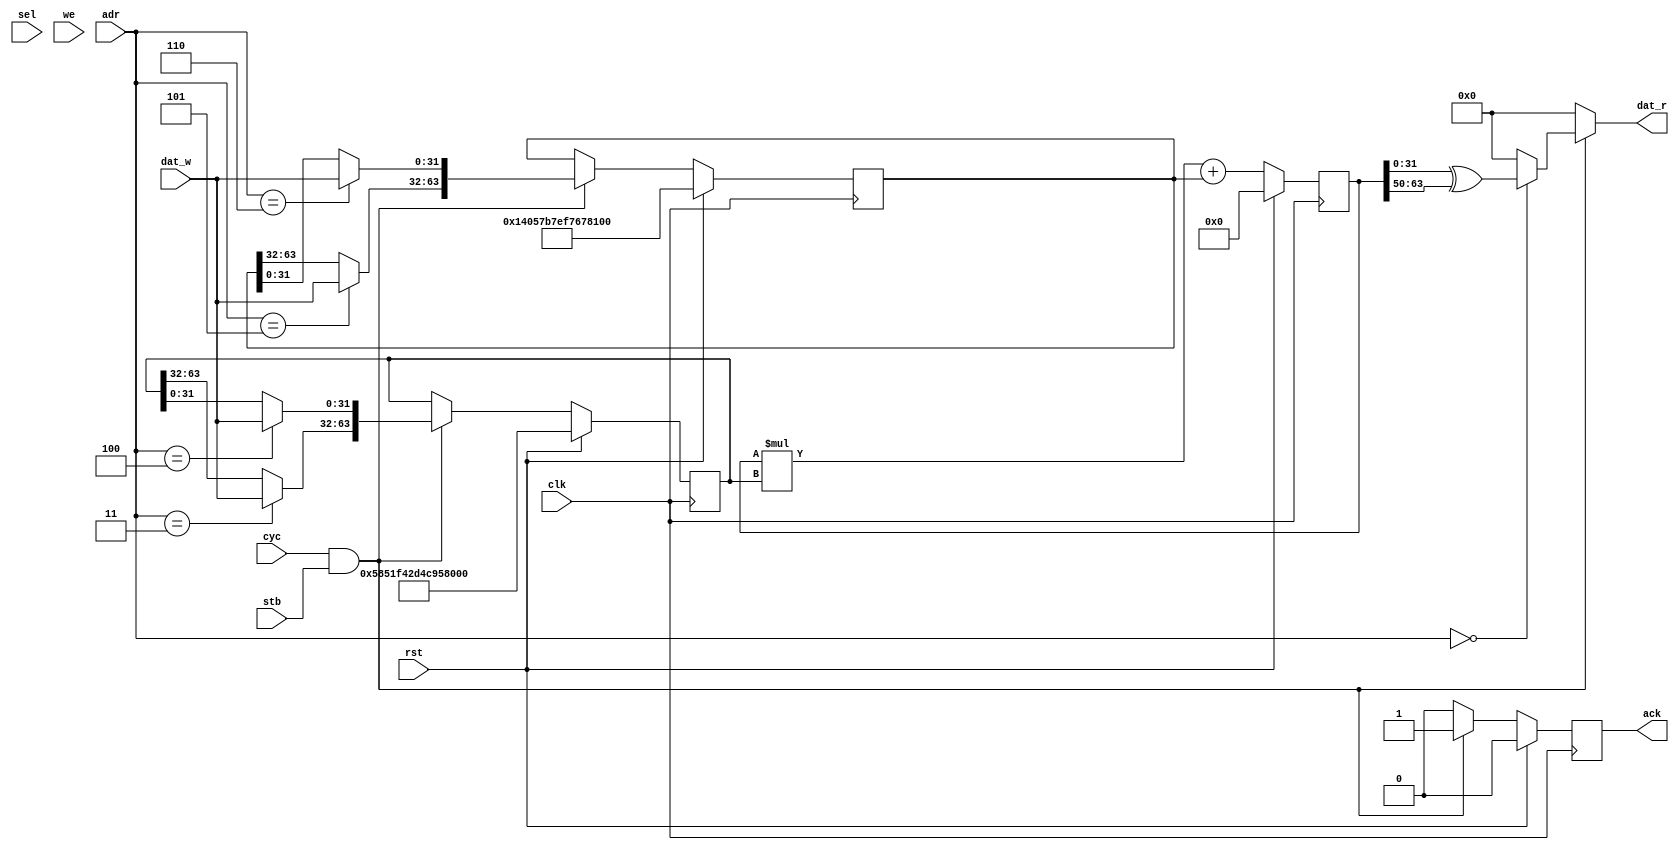
module top(dat_w, dat_r, sel, we, cyc, stb, ack, clk, rst, adr);
  reg \$auto$verilog_backend.cc:2097:dump_module$1  = 0;
  (* src = "/home/james/Desktop/Efabless/Project/RNG/Amaranth-Python-Scripts/Final+Acks/final+acks.py:27" *)
  wire [31:0] \$1 ;
  (* src = "/home/james/Desktop/Efabless/Project/RNG/Amaranth-Python-Scripts/Final+Acks/final+acks.py:28" *)
  wire [128:0] \$10 ;
  (* src = "/home/james/Desktop/Efabless/Project/RNG/Amaranth-Python-Scripts/Final+Acks/final+acks.py:31" *)
  wire \$12 ;
  (* src = "/home/james/Desktop/Efabless/Project/RNG/Amaranth-Python-Scripts/Final+Acks/final+acks.py:31" *)
  wire \$14 ;
  (* src = "/home/james/Desktop/Efabless/Project/RNG/Amaranth-Python-Scripts/Final+Acks/final+acks.py:31" *)
  wire \$16 ;
  (* src = "/home/james/Desktop/Efabless/Project/RNG/Amaranth-Python-Scripts/Final+Acks/final+acks.py:31" *)
  wire \$18 ;
  (* src = "/home/james/Desktop/Efabless/Project/RNG/Amaranth-Python-Scripts/Final+Acks/final+acks.py:31" *)
  wire \$20 ;
  (* src = "/home/james/Desktop/Efabless/Project/RNG/Amaranth-Python-Scripts/Final+Acks/final+acks.py:27" *)
  wire [31:0] \$3 ;
  (* src = "/home/james/Desktop/Efabless/Project/RNG/Amaranth-Python-Scripts/Final+Acks/final+acks.py:28" *)
  wire [128:0] \$5 ;
  (* src = "/home/james/Desktop/Efabless/Project/RNG/Amaranth-Python-Scripts/Final+Acks/final+acks.py:28" *)
  wire [127:0] \$6 ;
  (* src = "/home/james/Desktop/Efabless/Project/RNG/Amaranth-Python-Scripts/Final+Acks/final+acks.py:28" *)
  wire [128:0] \$8 ;
  (* src = "/home/james/.local/lib/python3.10/site-packages/amaranth/lib/wiring.py:227" *)
  output ack;
  reg ack = 1'h0;
  (* src = "/home/james/.local/lib/python3.10/site-packages/amaranth/lib/wiring.py:227" *)
  reg \ack$next ;
  (* src = "/home/james/.local/lib/python3.10/site-packages/amaranth/lib/wiring.py:227" *)
  input [31:0] adr;
  wire [31:0] adr;
  (* src = "/home/james/.local/lib/python3.10/site-packages/amaranth/hdl/ir.py:508" *)
  input clk;
  wire clk;
  (* src = "/home/james/.local/lib/python3.10/site-packages/amaranth/lib/wiring.py:227" *)
  input cyc;
  wire cyc;
  (* src = "/home/james/.local/lib/python3.10/site-packages/amaranth/lib/wiring.py:227" *)
  output [31:0] dat_r;
  reg [31:0] dat_r;
  (* src = "/home/james/.local/lib/python3.10/site-packages/amaranth/lib/wiring.py:227" *)
  input [31:0] dat_w;
  wire [31:0] dat_w;
  (* src = "/home/james/Desktop/Efabless/Project/RNG/Amaranth-Python-Scripts/Final+Acks/final+acks.py:10" *)
  reg [63:0] increment = 64'h14057b7ef767814f;
  (* src = "/home/james/Desktop/Efabless/Project/RNG/Amaranth-Python-Scripts/Final+Acks/final+acks.py:10" *)
  reg [63:0] \increment$next ;
  (* src = "/home/james/Desktop/Efabless/Project/RNG/Amaranth-Python-Scripts/Final+Acks/final+acks.py:9" *)
  reg [63:0] multiplier = 64'h5851f42d4c957f2d;
  (* src = "/home/james/Desktop/Efabless/Project/RNG/Amaranth-Python-Scripts/Final+Acks/final+acks.py:9" *)
  reg [63:0] \multiplier$next ;
  (* src = "/home/james/Desktop/Efabless/Project/RNG/Amaranth-Python-Scripts/Final+Acks/final+acks.py:13" *)
  wire [31:0] \output ;
  (* src = "/home/james/.local/lib/python3.10/site-packages/amaranth/hdl/ir.py:508" *)
  input rst;
  wire rst;
  (* src = "/home/james/Desktop/Efabless/Project/RNG/Amaranth-Python-Scripts/Final+Acks/final+acks.py:11" *)
  reg [63:0] seed = 64'h123456789abcdef0;
  (* src = "/home/james/Desktop/Efabless/Project/RNG/Amaranth-Python-Scripts/Final+Acks/final+acks.py:11" *)
  reg [63:0] \seed$next ;
  (* src = "/home/james/.local/lib/python3.10/site-packages/amaranth/lib/wiring.py:227" *)
  input sel;
  wire sel;
  (* src = "/home/james/Desktop/Efabless/Project/RNG/Amaranth-Python-Scripts/Final+Acks/final+acks.py:12" *)
  reg [63:0] state = 64'h0000000000000000;
  (* src = "/home/james/Desktop/Efabless/Project/RNG/Amaranth-Python-Scripts/Final+Acks/final+acks.py:12" *)
  reg [63:0] \state$next ;
  (* src = "/home/james/.local/lib/python3.10/site-packages/amaranth/lib/wiring.py:227" *)
  input stb;
  wire stb;
  (* src = "/home/james/.local/lib/python3.10/site-packages/amaranth/lib/wiring.py:227" *)
  input we;
  wire we;
  assign \$12  = cyc & (* src = "/home/james/Desktop/Efabless/Project/RNG/Amaranth-Python-Scripts/Final+Acks/final+acks.py:31" *) stb;
  assign \$14  = cyc & (* src = "/home/james/Desktop/Efabless/Project/RNG/Amaranth-Python-Scripts/Final+Acks/final+acks.py:31" *) stb;
  assign \$16  = cyc & (* src = "/home/james/Desktop/Efabless/Project/RNG/Amaranth-Python-Scripts/Final+Acks/final+acks.py:31" *) stb;
  assign \$18  = cyc & (* src = "/home/james/Desktop/Efabless/Project/RNG/Amaranth-Python-Scripts/Final+Acks/final+acks.py:31" *) stb;
  assign \$20  = cyc & (* src = "/home/james/Desktop/Efabless/Project/RNG/Amaranth-Python-Scripts/Final+Acks/final+acks.py:31" *) stb;
  always @(posedge clk)
    state <= \state$next ;
  always @(posedge clk)
    ack <= \ack$next ;
  always @(posedge clk)
    seed <= \seed$next ;
  always @(posedge clk)
    multiplier <= \multiplier$next ;
  always @(posedge clk)
    increment <= \increment$next ;
  assign \$3  = state[31:0] ^ (* src = "/home/james/Desktop/Efabless/Project/RNG/Amaranth-Python-Scripts/Final+Acks/final+acks.py:27" *) \$1 ;
  assign \$6  = state * (* src = "/home/james/Desktop/Efabless/Project/RNG/Amaranth-Python-Scripts/Final+Acks/final+acks.py:28" *) multiplier;
  assign \$8  = \$6  + (* src = "/home/james/Desktop/Efabless/Project/RNG/Amaranth-Python-Scripts/Final+Acks/final+acks.py:28" *) increment;
  always @* begin
    if (\$auto$verilog_backend.cc:2097:dump_module$1 ) begin end
    \state$next  = \$10 [63:0];
    (* src = "/home/james/.local/lib/python3.10/site-packages/amaranth/hdl/xfrm.py:503" *)
    casez (rst)
      1'h1:
          \state$next  = 64'h0000000000000000;
    endcase
  end
  always @* begin
    if (\$auto$verilog_backend.cc:2097:dump_module$1 ) begin end
    (* full_case = 32'd1 *)
    (* src = "/home/james/Desktop/Efabless/Project/RNG/Amaranth-Python-Scripts/Final+Acks/final+acks.py:31" *)
    casez (\$12 )
      /* src = "/home/james/Desktop/Efabless/Project/RNG/Amaranth-Python-Scripts/Final+Acks/final+acks.py:31" */
      1'h1:
          \ack$next  = 1'h1;
      /* src = "/home/james/Desktop/Efabless/Project/RNG/Amaranth-Python-Scripts/Final+Acks/final+acks.py:48" */
      default:
          \ack$next  = 1'h0;
    endcase
    (* src = "/home/james/.local/lib/python3.10/site-packages/amaranth/hdl/xfrm.py:503" *)
    casez (rst)
      1'h1:
          \ack$next  = 1'h0;
    endcase
  end
  always @* begin
    if (\$auto$verilog_backend.cc:2097:dump_module$1 ) begin end
    dat_r = 32'd0;
    (* src = "/home/james/Desktop/Efabless/Project/RNG/Amaranth-Python-Scripts/Final+Acks/final+acks.py:31" *)
    casez (\$14 )
      /* src = "/home/james/Desktop/Efabless/Project/RNG/Amaranth-Python-Scripts/Final+Acks/final+acks.py:31" */
      1'h1:
          (* src = "/home/james/Desktop/Efabless/Project/RNG/Amaranth-Python-Scripts/Final+Acks/final+acks.py:33" *)
          casez (adr)
            /* src = "/home/james/Desktop/Efabless/Project/RNG/Amaranth-Python-Scripts/Final+Acks/final+acks.py:34" */
            32'd0:
                dat_r = \output ;
          endcase
    endcase
  end
  always @* begin
    if (\$auto$verilog_backend.cc:2097:dump_module$1 ) begin end
    \seed$next  = seed;
    (* src = "/home/james/Desktop/Efabless/Project/RNG/Amaranth-Python-Scripts/Final+Acks/final+acks.py:31" *)
    casez (\$16 )
      /* src = "/home/james/Desktop/Efabless/Project/RNG/Amaranth-Python-Scripts/Final+Acks/final+acks.py:31" */
      1'h1:
          (* src = "/home/james/Desktop/Efabless/Project/RNG/Amaranth-Python-Scripts/Final+Acks/final+acks.py:33" *)
          casez (adr)
            /* src = "/home/james/Desktop/Efabless/Project/RNG/Amaranth-Python-Scripts/Final+Acks/final+acks.py:34" */
            32'd0:
                /* empty */;
            /* src = "/home/james/Desktop/Efabless/Project/RNG/Amaranth-Python-Scripts/Final+Acks/final+acks.py:36" */
            32'd1:
                \seed$next [63:32] = dat_w;
            /* src = "/home/james/Desktop/Efabless/Project/RNG/Amaranth-Python-Scripts/Final+Acks/final+acks.py:38" */
            32'd2:
                \seed$next [31:0] = dat_w;
          endcase
    endcase
    (* src = "/home/james/.local/lib/python3.10/site-packages/amaranth/hdl/xfrm.py:503" *)
    casez (rst)
      1'h1:
          \seed$next  = 64'h123456789abcdef0;
    endcase
  end
  always @* begin
    if (\$auto$verilog_backend.cc:2097:dump_module$1 ) begin end
    \multiplier$next  = multiplier;
    (* src = "/home/james/Desktop/Efabless/Project/RNG/Amaranth-Python-Scripts/Final+Acks/final+acks.py:31" *)
    casez (\$18 )
      /* src = "/home/james/Desktop/Efabless/Project/RNG/Amaranth-Python-Scripts/Final+Acks/final+acks.py:31" */
      1'h1:
          (* src = "/home/james/Desktop/Efabless/Project/RNG/Amaranth-Python-Scripts/Final+Acks/final+acks.py:33" *)
          casez (adr)
            /* src = "/home/james/Desktop/Efabless/Project/RNG/Amaranth-Python-Scripts/Final+Acks/final+acks.py:34" */
            32'd0:
                /* empty */;
            /* src = "/home/james/Desktop/Efabless/Project/RNG/Amaranth-Python-Scripts/Final+Acks/final+acks.py:36" */
            32'd1:
                /* empty */;
            /* src = "/home/james/Desktop/Efabless/Project/RNG/Amaranth-Python-Scripts/Final+Acks/final+acks.py:38" */
            32'd2:
                /* empty */;
            /* src = "/home/james/Desktop/Efabless/Project/RNG/Amaranth-Python-Scripts/Final+Acks/final+acks.py:40" */
            32'd3:
                \multiplier$next [63:32] = dat_w;
            /* src = "/home/james/Desktop/Efabless/Project/RNG/Amaranth-Python-Scripts/Final+Acks/final+acks.py:42" */
            32'd4:
                \multiplier$next [31:0] = dat_w;
          endcase
    endcase
    (* src = "/home/james/.local/lib/python3.10/site-packages/amaranth/hdl/xfrm.py:503" *)
    casez (rst)
      1'h1:
          \multiplier$next  = 64'h5851f42d4c957f2d;
    endcase
  end
  always @* begin
    if (\$auto$verilog_backend.cc:2097:dump_module$1 ) begin end
    \increment$next  = increment;
    (* src = "/home/james/Desktop/Efabless/Project/RNG/Amaranth-Python-Scripts/Final+Acks/final+acks.py:31" *)
    casez (\$20 )
      /* src = "/home/james/Desktop/Efabless/Project/RNG/Amaranth-Python-Scripts/Final+Acks/final+acks.py:31" */
      1'h1:
          (* src = "/home/james/Desktop/Efabless/Project/RNG/Amaranth-Python-Scripts/Final+Acks/final+acks.py:33" *)
          casez (adr)
            /* src = "/home/james/Desktop/Efabless/Project/RNG/Amaranth-Python-Scripts/Final+Acks/final+acks.py:34" */
            32'd0:
                /* empty */;
            /* src = "/home/james/Desktop/Efabless/Project/RNG/Amaranth-Python-Scripts/Final+Acks/final+acks.py:36" */
            32'd1:
                /* empty */;
            /* src = "/home/james/Desktop/Efabless/Project/RNG/Amaranth-Python-Scripts/Final+Acks/final+acks.py:38" */
            32'd2:
                /* empty */;
            /* src = "/home/james/Desktop/Efabless/Project/RNG/Amaranth-Python-Scripts/Final+Acks/final+acks.py:40" */
            32'd3:
                /* empty */;
            /* src = "/home/james/Desktop/Efabless/Project/RNG/Amaranth-Python-Scripts/Final+Acks/final+acks.py:42" */
            32'd4:
                /* empty */;
            /* src = "/home/james/Desktop/Efabless/Project/RNG/Amaranth-Python-Scripts/Final+Acks/final+acks.py:44" */
            32'd5:
                \increment$next [63:32] = dat_w;
            /* src = "/home/james/Desktop/Efabless/Project/RNG/Amaranth-Python-Scripts/Final+Acks/final+acks.py:46" */
            32'd6:
                \increment$next [31:0] = dat_w;
          endcase
    endcase
    (* src = "/home/james/.local/lib/python3.10/site-packages/amaranth/hdl/xfrm.py:503" *)
    casez (rst)
      1'h1:
          \increment$next  = 64'h14057b7ef767814f;
    endcase
  end
  assign \$5  = \$10 ;
  assign \output  = \$3 ;
  assign \$1  = { 18'h00000, state[63:50] };
  assign \$10 [128:64] = 65'h00000000000000000;
  assign \$10 [63:0] = \$8 [63:0];
endmodule